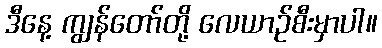
ဒီနေ့ ကျွန်တော်တို့ လေယာဉ်စီးမှာပါ။